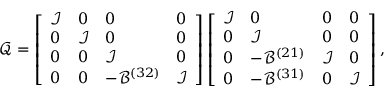
\boldsymbol { \mathcal { Q } } = \left[ \begin{array} { l l l l } { \mathcal { I } } & { 0 } & { 0 } & { 0 } \\ { 0 } & { \mathcal { I } } & { 0 } & { 0 } \\ { 0 } & { 0 } & { \mathcal { I } } & { 0 } \\ { 0 } & { 0 } & { - \mathcal { B } ^ { ( 3 2 ) } } & { \mathcal { I } } \end{array} \right] \left[ \begin{array} { l l l l } { \mathcal { I } } & { 0 } & { 0 } & { 0 } \\ { 0 } & { \mathcal { I } } & { 0 } & { 0 } \\ { 0 } & { - \mathcal { B } ^ { ( 2 1 ) } } & { \mathcal { I } } & { 0 } \\ { 0 } & { - \mathcal { B } ^ { ( 3 1 ) } } & { 0 } & { \mathcal { I } } \end{array} \right] ,